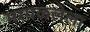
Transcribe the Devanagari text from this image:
मरगळलेला